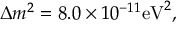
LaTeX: \Delta m ^ { 2 } = 8 . 0 \times 1 0 ^ { - 1 1 } \mathrm { e V } ^ { 2 } ,